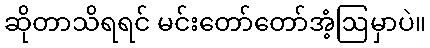
ဆိုတာသိရရင် မင်းတော်တော်အံ့ဩမှာပဲ။